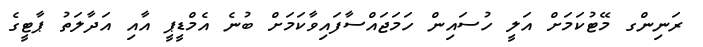
ރަނިންގ މޭޓުކަމަށް އަލީ ހުސައިން ހަމަޖައްސާފައިވާކަމަށް ބުނެ އެމްޑީޕީ އާއި އަދާލަތު ޕާޓީގެ